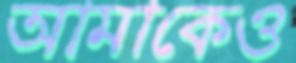
আমাকেও